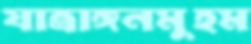
যাত্রাঙ্গনমুহম